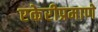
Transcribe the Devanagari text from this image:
एकेरीप्रमाणे